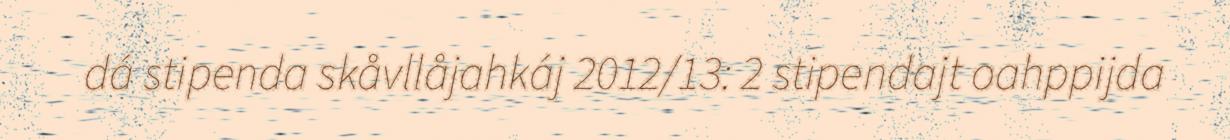
dá stipenda skåvllåjahkáj 2012/13: 2 stipendajt oahppijda